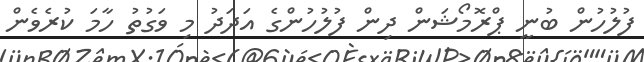
ފުލުހުން ބުނީ ޕްރޮމޯޝަން ދިން ފުލުހުންގެ އަދަދު މި ވަގުތު ހާމަ ކުރެވެން